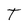
Character: T